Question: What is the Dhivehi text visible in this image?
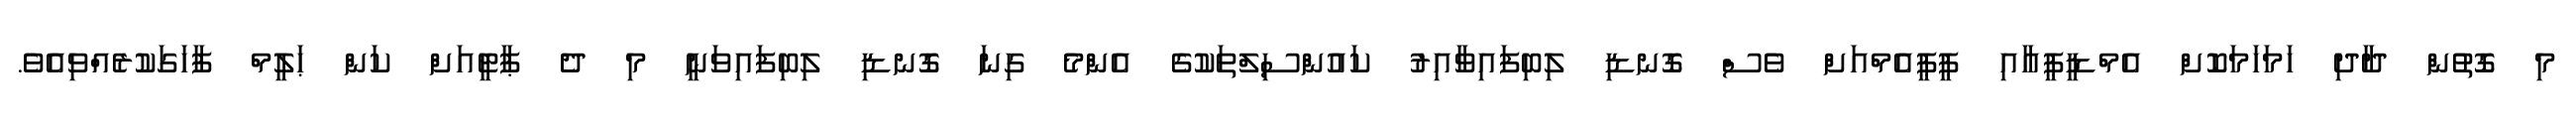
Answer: މި ގޮތުން ދާދި ހަމަހަމަކޮށް އެމްޑީޕީއާއި ޕީޕީއެމްއަށް ވެސް ގޮނޑި ލިބިފައިވާއިރު ކައުންސިލްތަކުގެ އެންމެ ގިނަ ގޮނޑި ލިބިފައިވަނީ މި ދެ ޕާޓީއަށް ކަން ޙަލީމް ފާހަގަކުރެއްވިއެވެ.